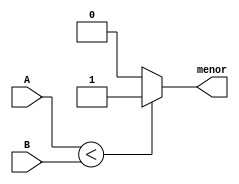
`timescale 1ns / 1ps
//////////////////////////////////////////////////////////////////////////////////
// Company: 
// Engineer: 
// 
// Design Name: 
// Module Name: comparador
// Project Name: 
// Target Devices: 
// Tool Versions: 
// Description: 
// 
// Dependencies: 
// 
// Revision:
// Revision 0.01 - File Created
// Additional Comments:
// 
//////////////////////////////////////////////////////////////////////////////////


module comparador(input[3:0]A, input [3:0]B, output menor
    );
    
    assign menor = (A<B) ?1'B1:1'B0;
    
endmodule